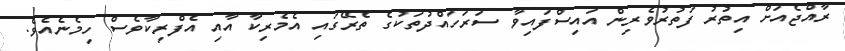
ރާއްޖެއަށް އިތުރު ފަތުރުވެރިން އައިސްފައިވާ ސަރަހައްދުތަކުގެ ތެރޭގައި އެމެރިކާ އާއި އެފްރިކާވެސް ހިމެނެއެވެ.